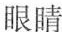
眼睛